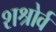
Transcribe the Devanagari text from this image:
शश्रोर्व